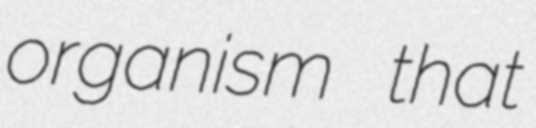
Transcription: organism that